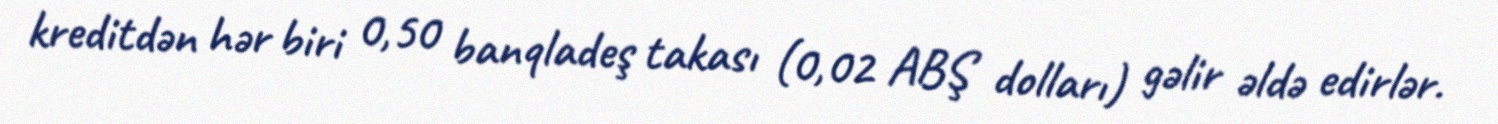
kreditdən hər biri 0,50 banqladeş takası (0,02 ABŞ dolları) gəlir əldə edirlər.